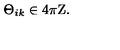
\Theta _ { i k } \in 4 \pi { \mathrm { \boldmath Z } } .